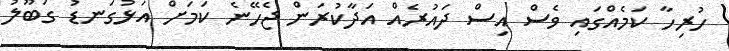
ހުރިހާ ކަމެއްގައި ވެސް އިސް ދައުރެއް އަދާކުރަން ޖެހޭނެ ކަމަށް އަޅުގަނޑު ގަބޫލު